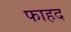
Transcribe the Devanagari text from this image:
फाहद